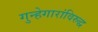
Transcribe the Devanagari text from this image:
गुन्हेगारांविरुद्ध